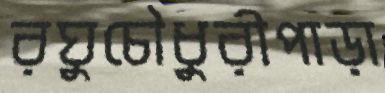
রঘুচৌধুরীপাড়া